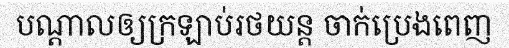
បណ្តាលឲ្យក្រឡាប់រថយន្ត ចាក់ប្រេងពេញ